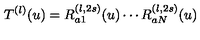
T ^ { ( l ) } ( u ) = R _ { a 1 } ^ { ( l , 2 s ) } ( u ) \cdots R _ { a N } ^ { ( l , 2 s ) } ( u )